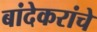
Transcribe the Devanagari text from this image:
बांदेकरांचे